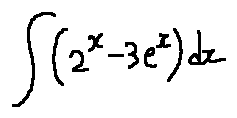
\int ( 2 ^ { x } - 3 e ^ { x } ) d x